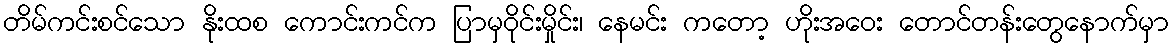
တိမ်ကင်းစင်သော နိုးထစ ကောင်းကင်က ပြာမှဝိုင်းမှိုင်း၊ နေမင်း ကတော့ ဟိုးအဝေး တောင်တန်းတွေနောက်မှာ